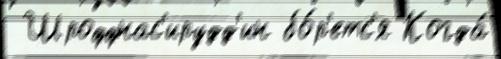
 Шроффнас'ирудд'ин бо́р'етс'я Когда́